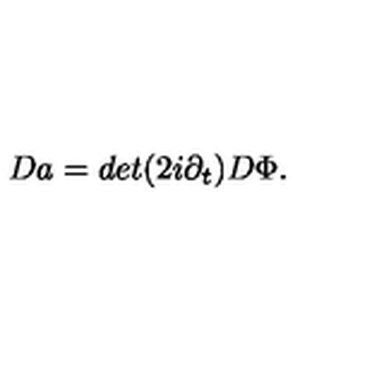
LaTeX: D a = d e t ( 2 i \partial _ { t } ) D \Phi .